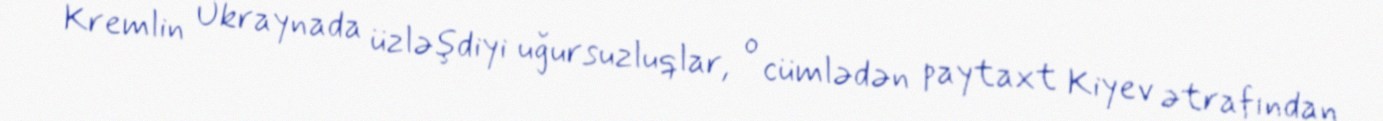
Kremlin Ukraynada üzləşdiyi uğursuzluqlar, o cümlədən paytaxt Kiyev ətrafından